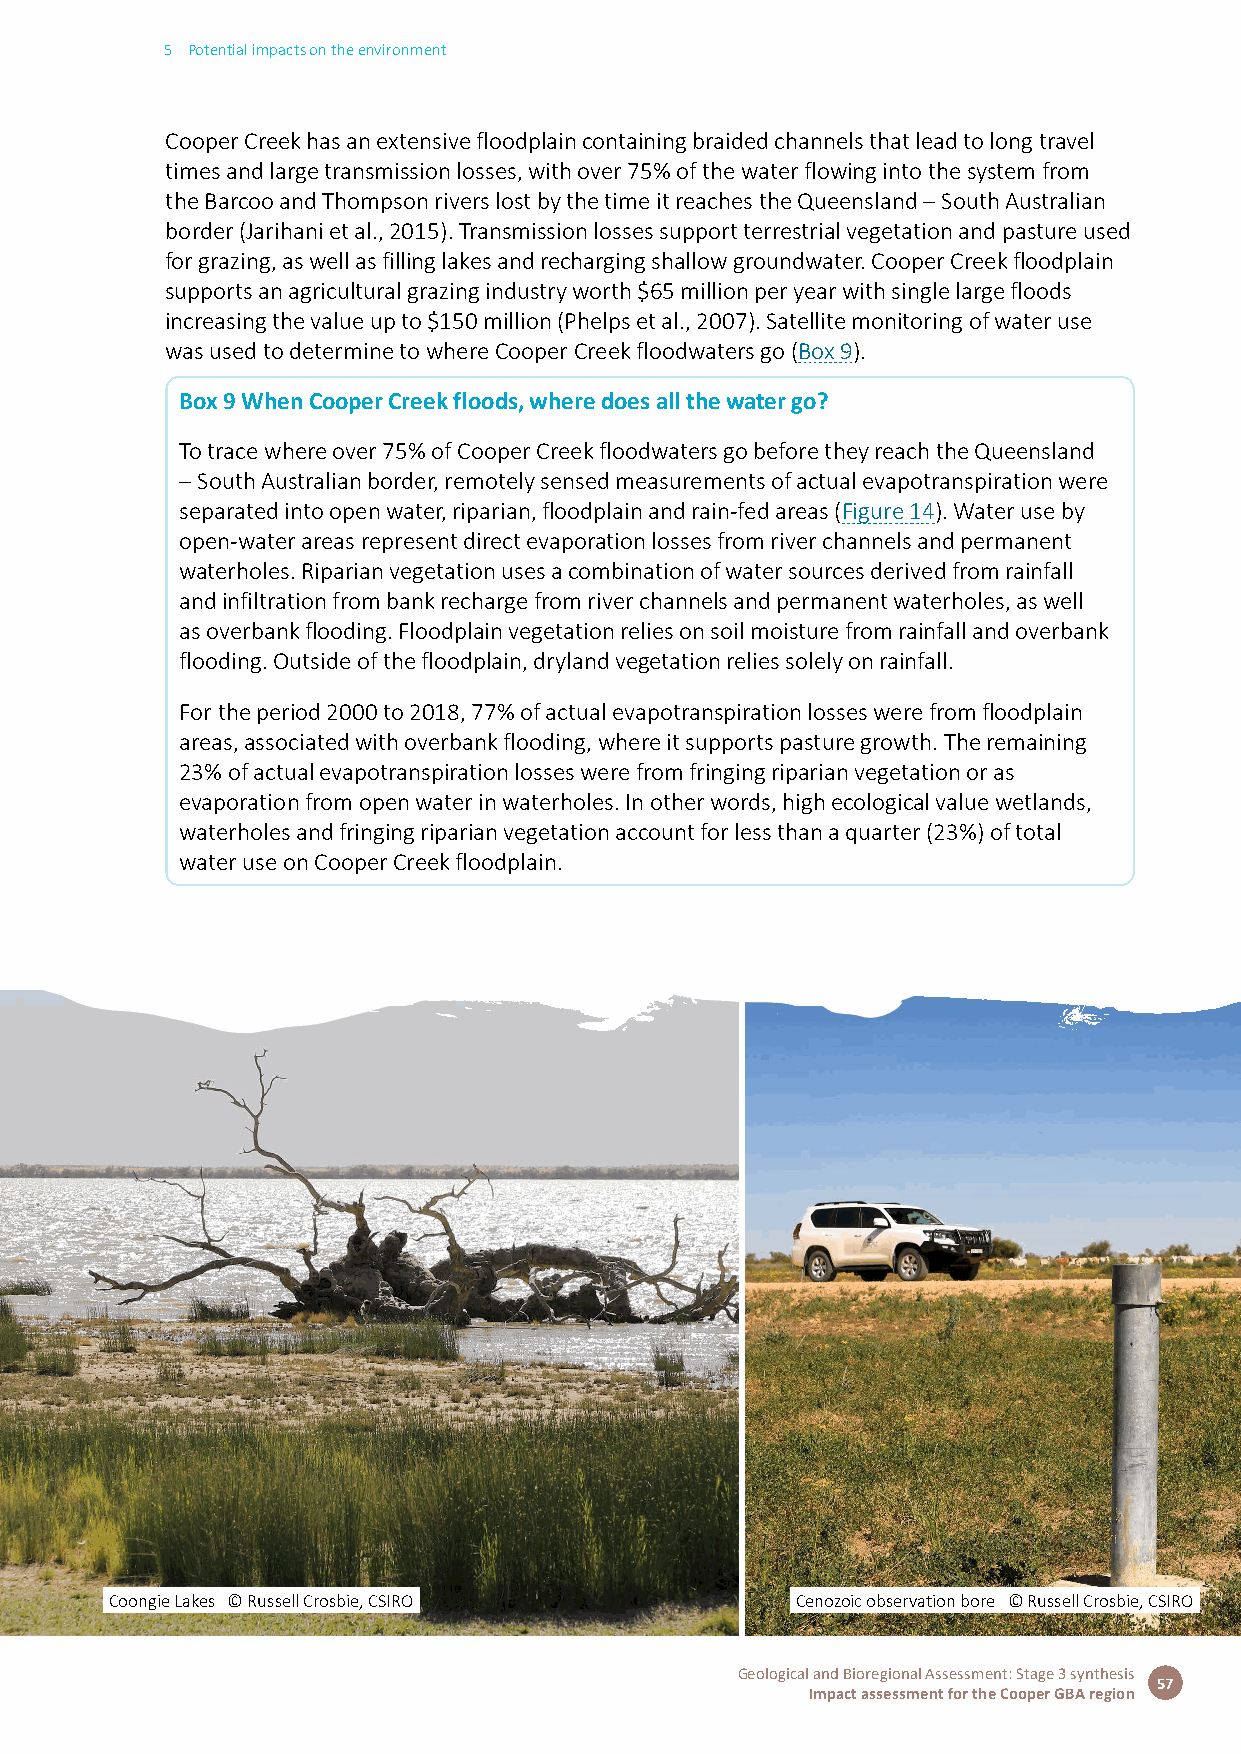
5 Potential impacts on the environment
 Cooper Creek has an extensive floodplain containing braided channels that lead to long travel
 times and large transmission losses, with over 75% of the water flowing into the system from
 the Barcoo and Thompson rivers lost by the time it reaches the Queensland – South Australian
 border (Jarihani et al., 2015). Transmission losses support terrestrial vegetation and pasture used
 for grazing, as well as filling lakes and recharging shallow groundwater. Cooper Creek floodplain
 supports an agricultural grazing industry worth $65 million per year with single large floods
 increasing the value up to $150 million (Phelps et al., 2007). Satellite monitoring of water use
 was used to determine to where Cooper Creek floodwaters go (Box 9).
 Box 9 When Cooper Creek floods, where does all the water go?
 To trace where over 75% of Cooper Creek floodwaters go before they reach the Queensland
 – South Australian border, remotely sensed measurements of actual evapotranspiration were
 separated into open water, riparian, floodplain and rain-fed areas (Figure 14). Water use by
 open-water areas represent direct evaporation losses from river channels and permanent
 waterholes. Riparian vegetation uses a combination of water sources derived from rainfall
 and infiltration from bank recharge from river channels and permanent waterholes, as well
 as overbank flooding. Floodplain vegetation relies on soil moisture from rainfall and overbank
 flooding. Outside of the floodplain, dryland vegetation relies solely on rainfall.
 For the period 2000 to 2018, 77% of actual evapotranspiration losses were from floodplain
 areas, associated with overbank flooding, where it supports pasture growth. The remaining
 23% of actual evapotranspiration losses were from fringing riparian vegetation or as
 evaporation from open water in waterholes. In other words, high ecological value wetlands,
 waterholes and fringing riparian vegetation account for less than a quarter (23%) of total
 water use on Cooper Creek floodplain.
 Coongie Lakes © Russell Crosbie, CSIRO        Cenozoic observation bore © Russell Crosbie, CSIRO
 Geological and Bioregional Assessment: Stage 3 synthesis
 57
 Impact assessment for the Cooper GBA region